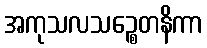
အကုသလသဉ္စေတနိကာ